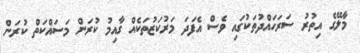
މާލޭގެ އިތުރު ސަރަހައްދުތަކުގައި ވެސް އެފަދަ މަރުކަޒުތަކެއް ގާއިމު ކުރަން މަސައްކަތް ކުރަން